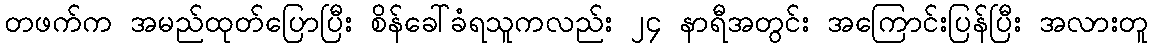
တဖက်က အမည်ထုတ်ပြောပြီး စိန်ခေါ်ခံရသူကလည်း ၂၄ နာရီအတွင်း အကြောင်းပြန်ပြီး အလားတူ